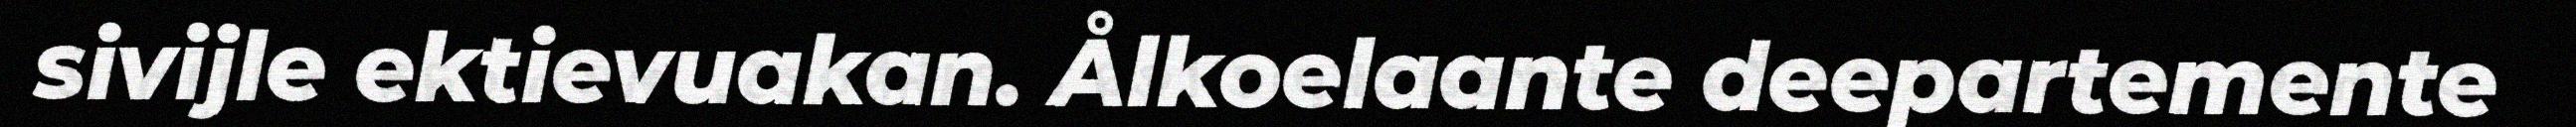
sivijle ektievuakan. Ålkoelaante deepartemente